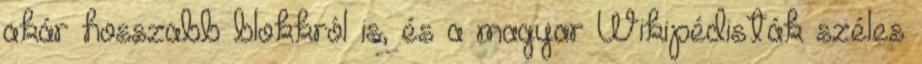
akár hosszabb blokkról is, és a magyar Wikipédisták széles